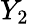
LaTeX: Y_{2}